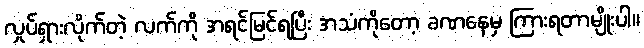
လှုပ်ရှားလိုက်တဲ့ လက်ကို အရင်မြင်ရပြီး အသံကိုတော့ ခဏနေမှ ကြားရတာမျိုးပါ။